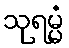
သုရမ္မံ